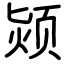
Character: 颎